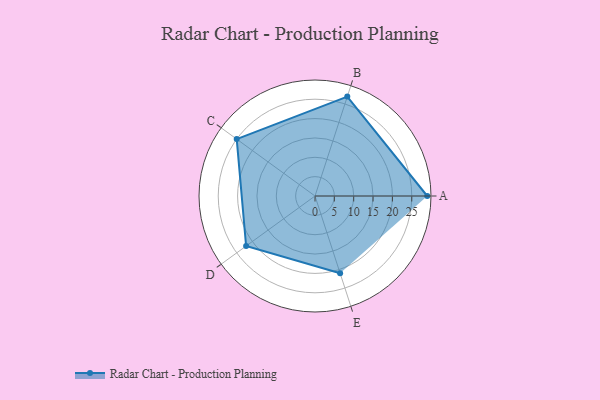
{"axis": {"x": "Skill", "y": "Score"}, "legend": ["Profile"], "data": [{"x": "A", "y": 29.0, "type": "Profile"}, {"x": "B", "y": 27.0, "type": "Profile"}, {"x": "C", "y": 25.0, "type": "Profile"}, {"x": "D", "y": 22.0, "type": "Profile"}, {"x": "E", "y": 21.0, "type": "Profile"}]}